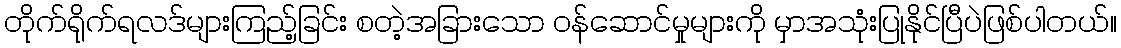
တိုက်ရိုက်ရလဒ်များကြည့်ခြင်း စတဲ့အခြားသော ဝန်ဆောင်မှုများကို မှာအသုံးပြုနိုင်ပြီပဲဖြစ်ပါတယ်။